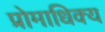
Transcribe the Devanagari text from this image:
प्रोमाधिक्य